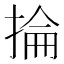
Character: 掄